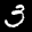
Label: 3